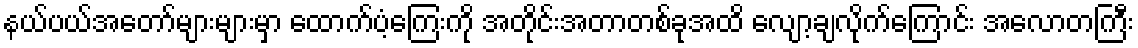
နယ်ပယ်အတော်များများမှာ ထောက်ပံ့ကြေးကို အတိုင်းအတာတစ်ခုအထိ လျော့ချလိုက်ကြောင်း အလောတကြီး